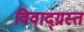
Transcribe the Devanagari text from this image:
विवाद्ग्रस्त